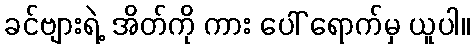
ခင်ဗျားရဲ့ အိတ်ကို ကား ပေါ် ရောက်မှ ယူပါ။